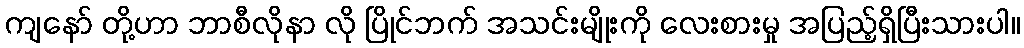
ကျနော် တို့ဟာ ဘာစီလိုနာ လို ပြိုင်ဘက် အသင်းမျိုးကို လေးစားမှု အပြည့်ရှိပြီးသားပါ။